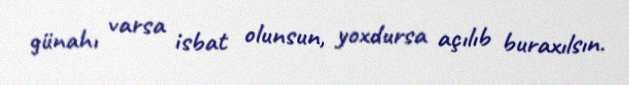
günahı varsa isbat olunsun, yoxdursa açılıb buraxılsın.